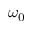
\omega _ { 0 }